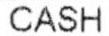
CASH